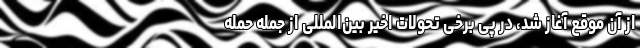
از آن موقع آغاز شد، در پی برخی تحولات اخیر بین‌المللی از جمله حمله